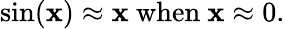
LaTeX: \sin(\mathbf{x})\approx\mathbf{x}{\mathrm{{~when~}}}\mathbf{x}\approx0.